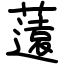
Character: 薳